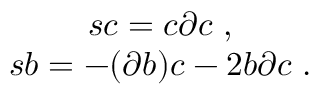
\begin{array} { c } { { s c = c \partial c \; , } } \\ { { s b = - ( \partial b ) c - 2 b \partial c \; . } } \end{array}